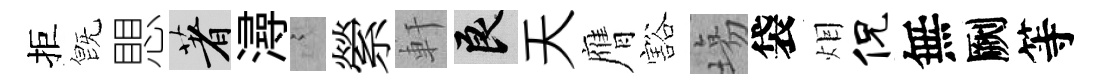
拒旣愳著潯謭縈軒良天膺豁塲袋𤇆侃無劂等